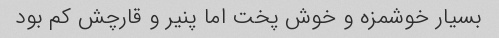
بسیار خوشمزه و خوش پخت اما پنیر و قارچش کم بود